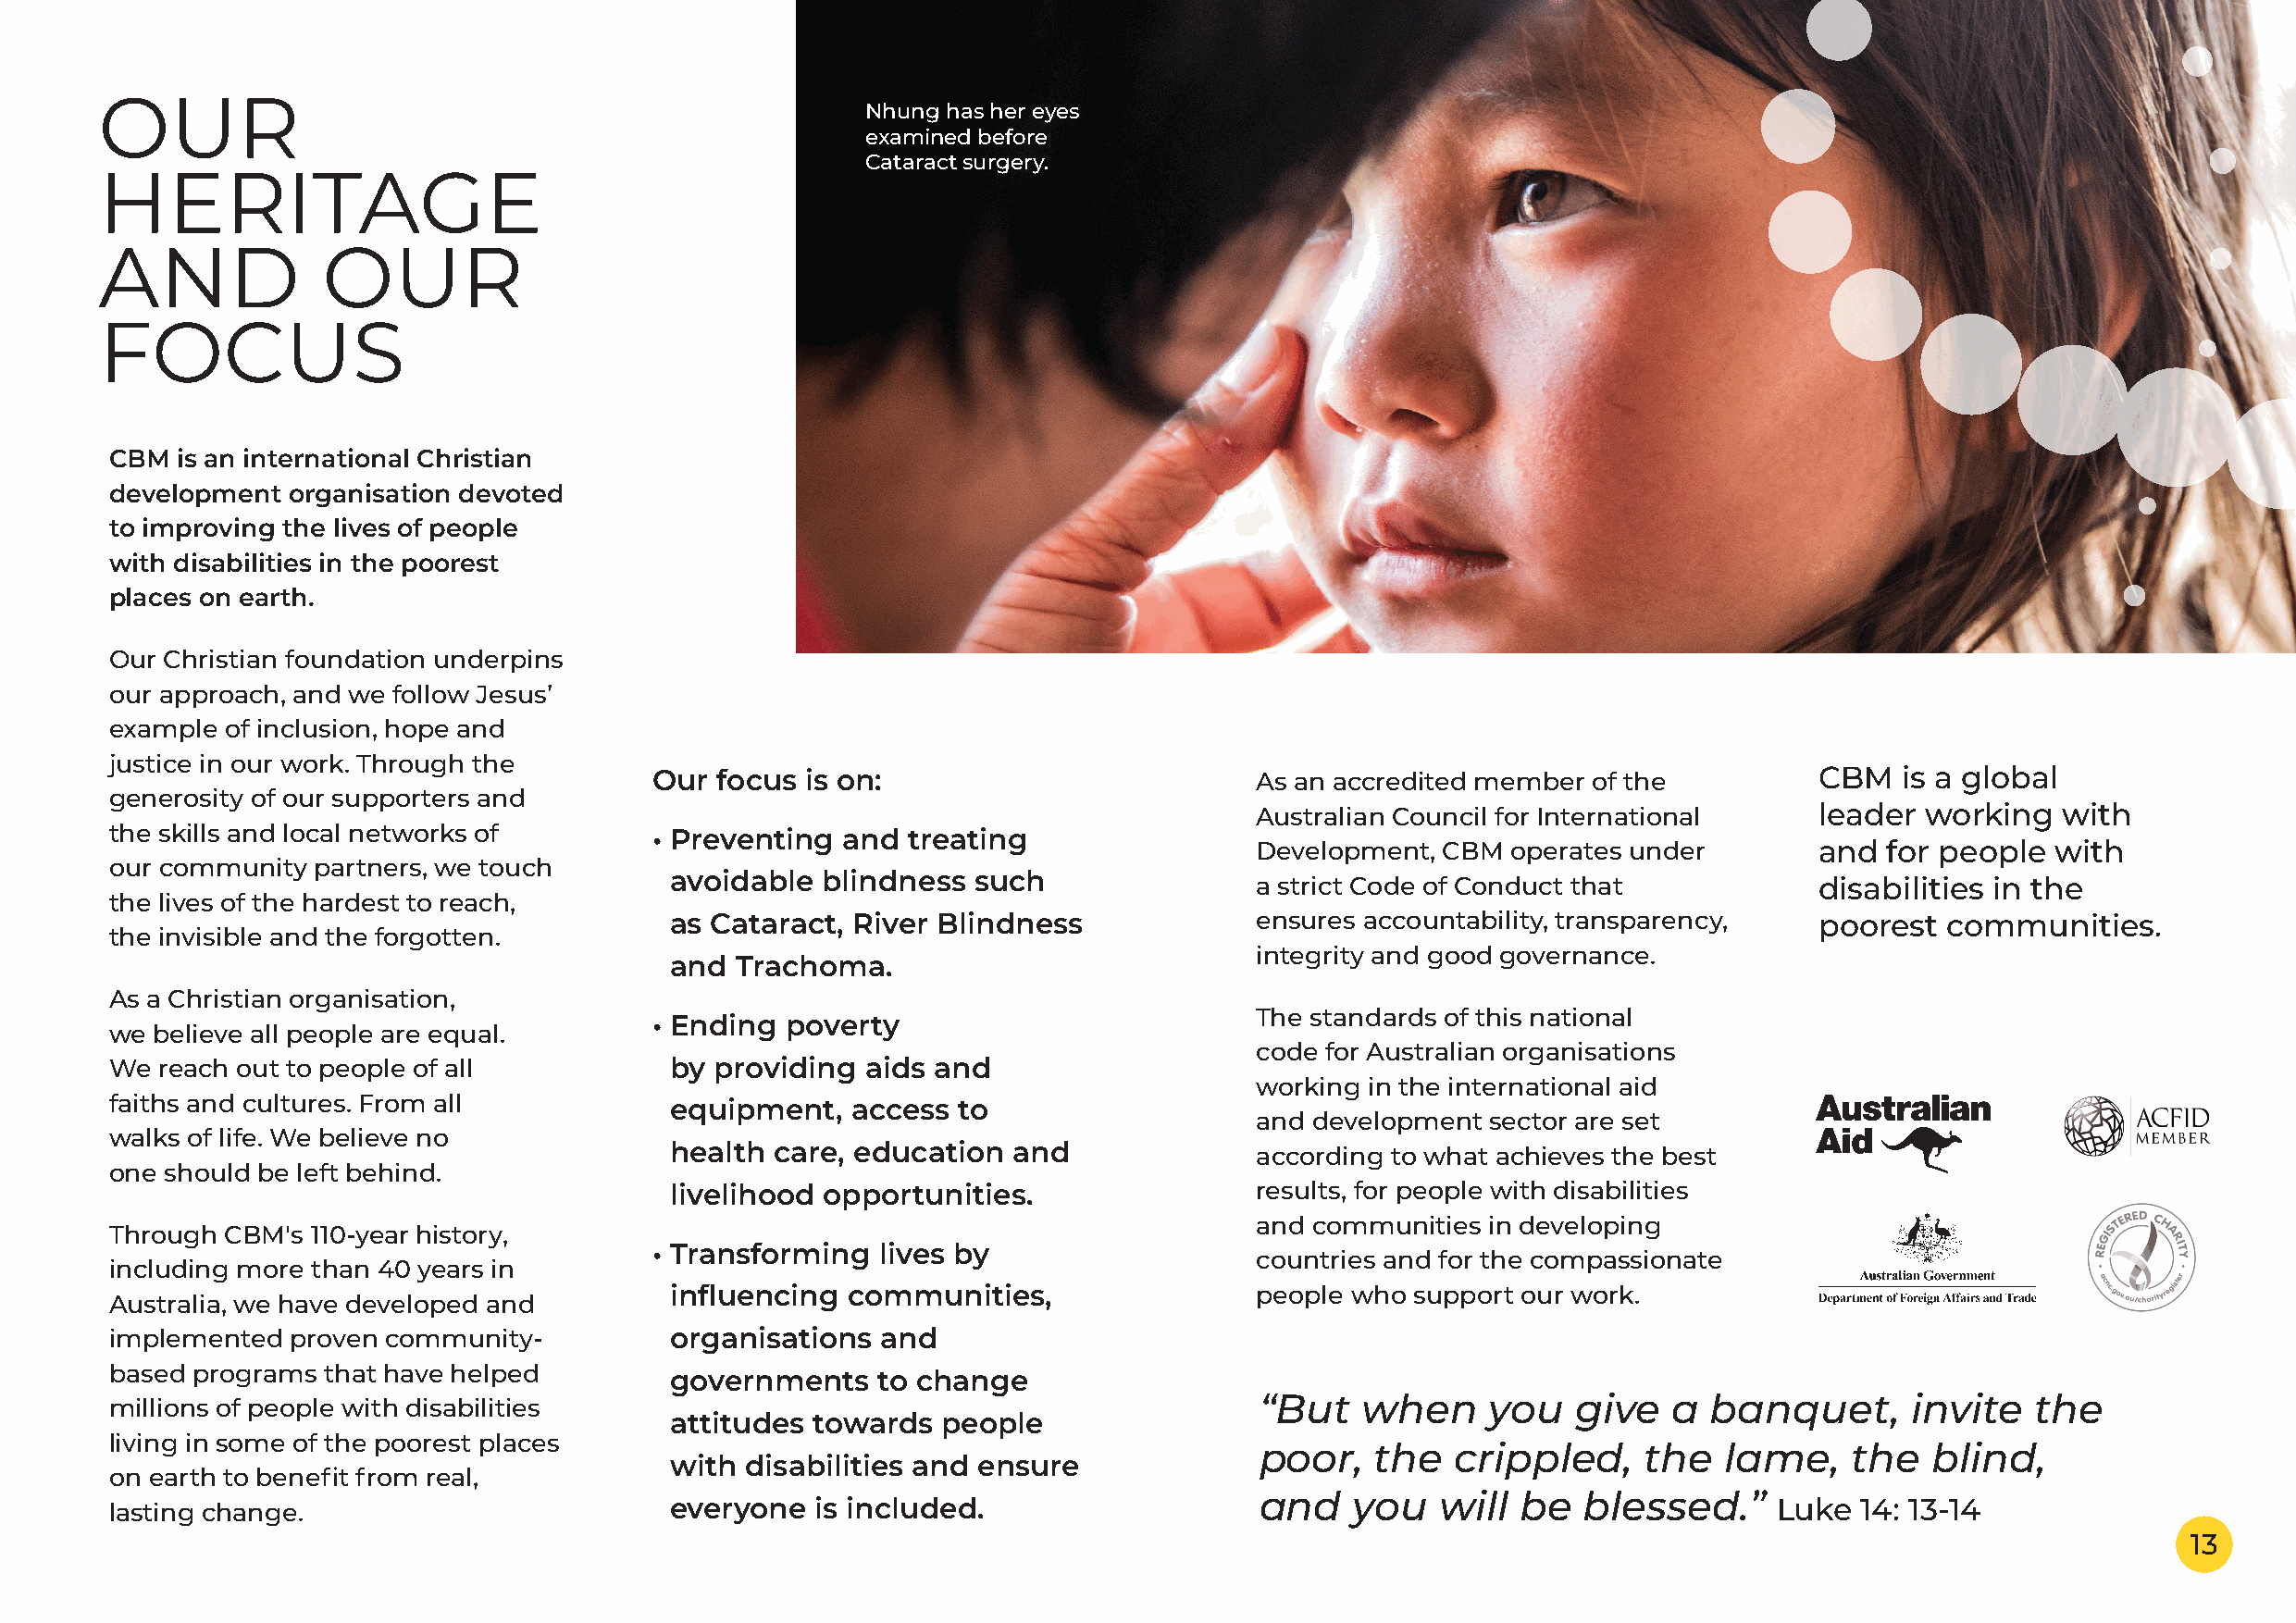
l
 a
 n
 r
 g
 e
 t                                        n
 n
 e                                                                                                    o
 i
 e
 v
 v
 i
 l
 i
 e
 g
 v
 o
 OUR                                                                                                                                                                                                                               l
 Nhung has her eyes
 examined before
 r
 Cataract surgery.
 HERITAGE                                                                                                                                                                                                                u
 o
 AND             OUR
 y
 FOCUS
 t
 e
 l
 CBM  is an international Christian
 development  organisation devoted
 to improving the lives of people
 with disabilities in the poorest
 places on earth.
 Our Christian foundation underpins
 our approach, and we follow Jesus’
 example of inclusion, hope and
 justice in our work. Through the
 Our focus  is on:                          As an accredited member of the          CBM   is a global
 generosity of our supporters and
 Australian Council for International    leader  working  with
 the skills and local networks of       • Preventing and  treating
 Development, CBM  operates under        and  for people  with
 our community partners, we touch
 avoidable  blindness  such                a strict Code of Conduct that           disabilities in the
 the lives of the hardest to reach,
 as Cataract, River Blindness              ensulres accountability, transparency,  poorest  communities.
 the invisible and the forgotten.
 integrity and good governance.
 and  Trachoma.
 a
 As a Christian organisation,
 The standards of this national
 • Ending poverty
 we believe all people are equal.
 code for Australian organisations
 We reach out to people of all           by providing  aids and
 n               working in the international aid
 faiths and cultures. From all           equipment,   access  to
 and development  sector are set
 walks of life. We believe no
 health care, education  and               according to what achieves the best
 one should be left behind.
 livelihood opportunities.                 results, for people with disabilities
 r
 and commugnities in developing
 Through CBM's 110-year history,
 • Transforming  lives by
 countries and for the compassionate
 including more than 40 years in
 e
 influencing  communities,                 people who support our work.
 Australia, we have developed and
 implemented  proven community-          organisations  and
 n
 based programs that have helped         governments    to change
 t
 millions of people with disabilities                                              “But   when      you   give   a banquet,       invite   the
 attitudes towards  people
 living in some of the poorest places
 poor,   the   crippled,     the  lame,    the   blind,
 e               with disabilities and ensiure
 on earth to benefit from real,
 and    you   will  be  blessed.”
 lasting change.                         everyone  is included.                                                         Lukne 14: 13-14
 v
 13
 o
 i
 e
 g                                                              v
 i
 l
 e
 v
 o
 l
 r
 u
 o
 y
 t
 e
 l
 l
 a
 n
 r
 e                                         g
 t
 n
 e
 n
 i
 o
 v
 e
 i                                                                       v
 g                                                                         i
 l
 e
 v
 o
 l
 r
 u
 o
 y
 t
 e
 l